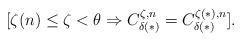
LaTeX: \begin{align*}[\zeta(n) \le \zeta < \theta \Rightarrow C^{\zeta,n}_{\delta(*)} = C^{\zeta(*),n}_{\delta(*)}].\end{align*}